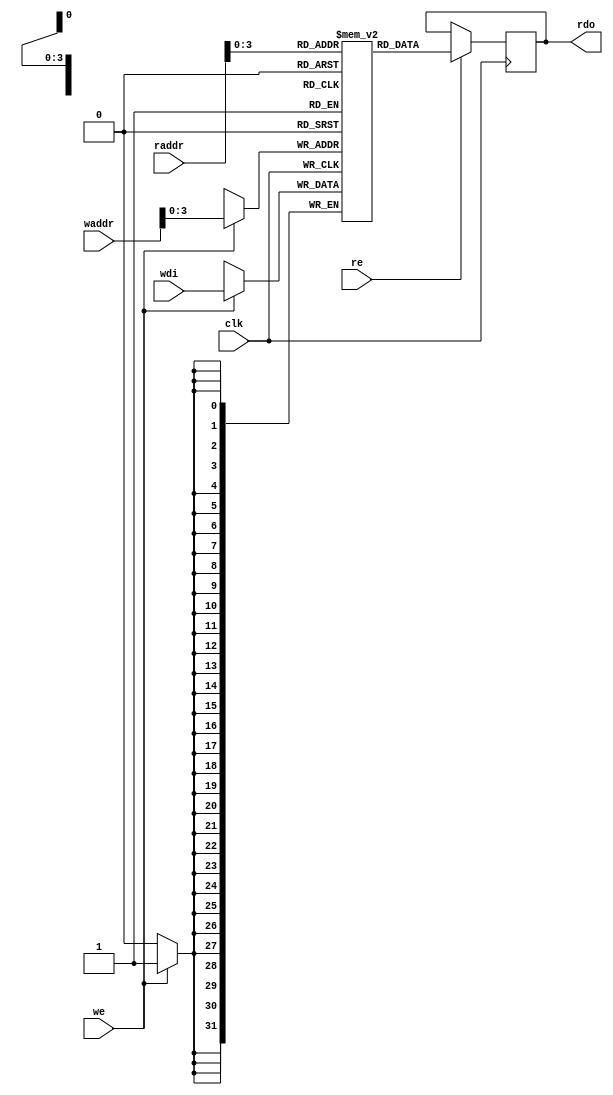
module bram_test (clk, we, re, waddr, raddr, wdi, rdo);
    parameter ADDR_WIDTH = 12;
    parameter SIZE = 11;
    parameter BIT_WIDTH = 32;
    input                          clk;
    input                          we, re;
    input [ADDR_WIDTH-1:0]         waddr, raddr;
    input [BIT_WIDTH-1:0]          wdi;
    output reg [BIT_WIDTH-1:0]     rdo;
    reg [BIT_WIDTH-1:0] RAM [SIZE-1:0];
    
    always @(posedge clk)begin
        if(re) rdo <= RAM[raddr];
    end
    
    always @(posedge clk)begin
        if(we) RAM[waddr] <= wdi;
    end
    
endmodule